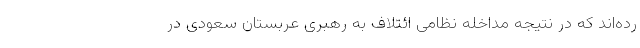
رده‌اند که در نتیجه مداخله نظامی ائتلاف به رهبری عربستان سعودی در